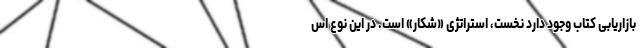
بازاریابی کتاب وجود دارد نخست، استراتژی «شکار» است. در این نوع اس